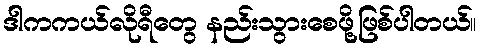
ဒါကကယ်လိုရီတွေ နည်းသွားစေဖို့ဖြစ်ပါတယ်။